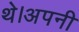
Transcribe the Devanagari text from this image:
थे।अपनी